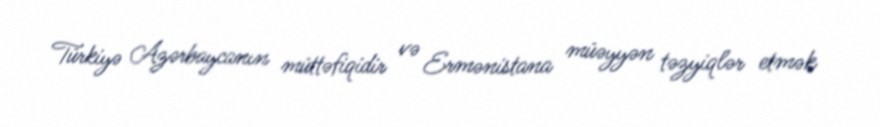
Türkiyə Azərbaycanın müttəfiqidir və Ermənistana müəyyən təzyiqlər etmək